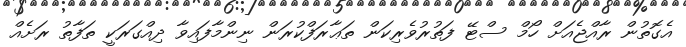
އެގޮތުން ރާއްޖެއަށް ހޯމް ސްޓޭ ފަތުރުވެރިކަން ތަޢާރަފްކުރަން ނިންމާފައިވާ ދިއްގަރަކީ ތަފާތު ރަށެއް